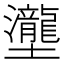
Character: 𡔆